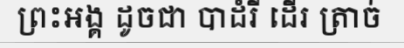
ព្រះអង្គ ដូចជា បាដំរី ដើរ ត្រាច់